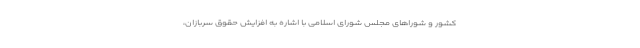
کشور و شوراهای مجلس شورای اسلامی با اشاره به افزایش حقوق سربازان،